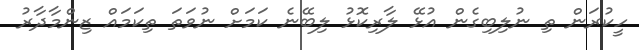
ހީކުރަން ތި ނުލިބިގެން އުޅޭ ލާރިކޮޅު ލިބޭނެ ކަމަށް ނުވަތަ ތިކަމައް ޒިންމާދާރު